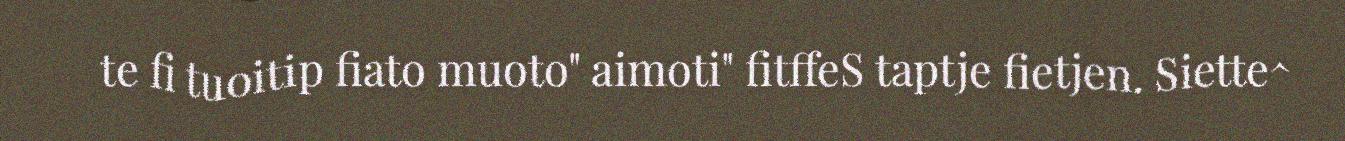
te fi tuoitip fiato muoto" aimoti" fitffeS taptje fietjen. Siette^